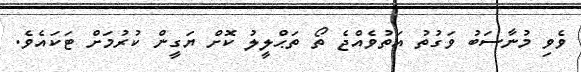
ވެވި މުނާސަބު ވަގުތު އަތުވެއްޖެ ތޯ ތަޙްލީލު ކޮށް ޔަގީން ކުރުމަށް ޓަކައެވެ.